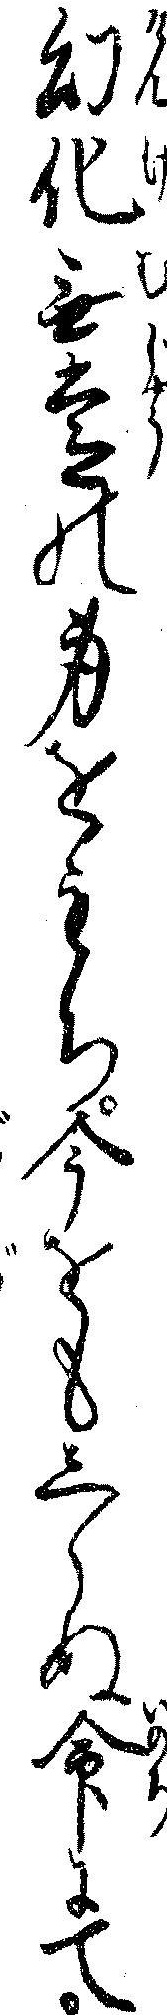
幻化無常の身をもち今をもしらぬ命にて